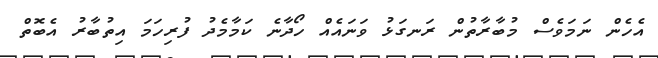
އެހެން ނަމަވެސް މުބާރާތުން ރަނގަޅު ވަނައެއް ހޯދާނެ ކަމާމެދު ފުރިހަމަ އިތުބާރު އެބޮތް